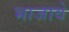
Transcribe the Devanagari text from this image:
भाजावे